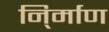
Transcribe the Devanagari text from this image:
नि्र्माण